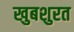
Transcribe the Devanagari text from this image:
खुबशुरत